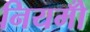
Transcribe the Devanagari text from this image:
नियमोँ